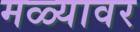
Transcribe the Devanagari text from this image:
मळ्यावर